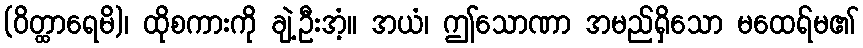
(ဝိတ္ထာရေမိ)၊ ထိုစကားကို ချဲ့ဦးအံ့။ အယံ၊ ဤသောဏာ အမည်ရှိသော မထေရ်မ၏